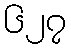
၆၂၇